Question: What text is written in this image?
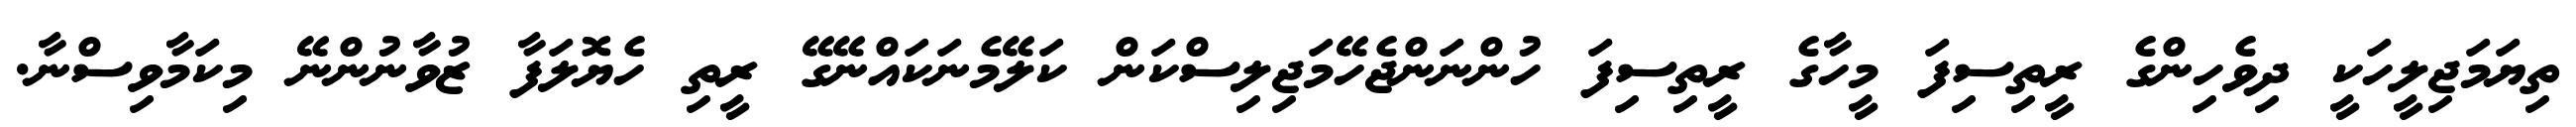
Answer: ތިޔަމަޖިލީހަކީ ދިވެހިންގެ ރީތިސިފަ މީހާގެ ރީތިސިފަ ހުންނަންޖެހޭމަޖިލިސްކަން ކަލޭމެނަކައްނޭގޭ ރީތި ހެޔޮލަފާ ޒުވާނުންނޭ މިކަމާވިސްނާ.